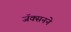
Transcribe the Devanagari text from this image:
जॅक्सनने